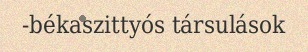
-békaszittyós társulások